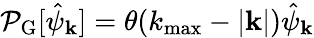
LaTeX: \mathcal{P}_{\mathrm{G}}[\hat{\psi}_{\mathbf k}]=\theta(k_{\mathrm{max}}-\lvert{\mathbf k}\rvert)\hat{\psi}_{\mathbf k}